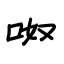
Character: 呶